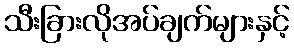
သီးခြားလိုအပ်ချက်များနှင့်